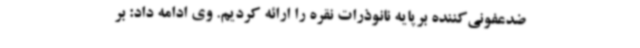
ضدعفونی‌کننده برپایه نانوذرات نقره را ارائه کردیم. وی ادامه داد: بر